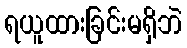
ရယူထားခြင်းမရှိဘဲ